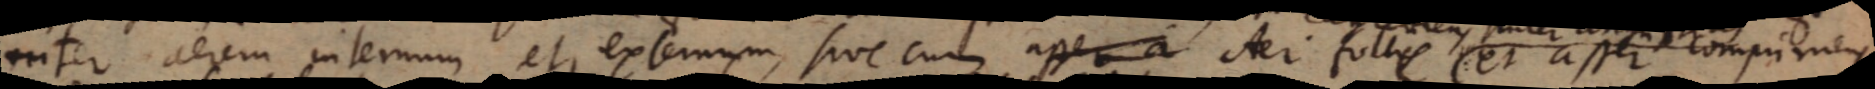
inter aerem internum et externum, sive cum asser a Aer folles et asser comprimens